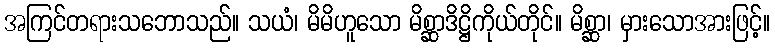
အကြင်တရားသဘောသည်။ သယံ၊ မိမိဟူသော မိစ္ဆာဒိဋ္ဌိကိုယ်တိုင်။ မိစ္ဆာ၊ မှားသောအားဖြင့်။